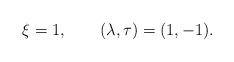
LaTeX: \begin{gather*}\xi=1,\qquad(\lambda,\tau) =(1,-1) .\end{gather*}